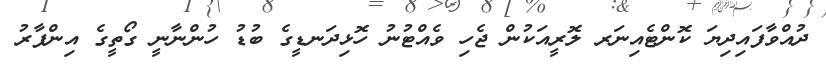
ދުއްވާފައިދިޔަ ކޮންޓެއިނަރ ލޮރީއަކުން ޖެހި ވެއްޓުނު ހޮޅިދަނޑީގެ ބުޑު ހުންނާނީ ގޯތީގެ އިންފާރު